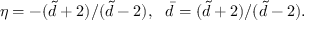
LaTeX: \eta = - ( \tilde { d } + 2 ) / ( \tilde { d } - 2 ) , \ \ \bar { d } = ( \tilde { d } + 2 ) / ( \tilde { d } - 2 ) .